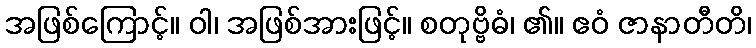
အဖြစ်ကြောင့်။ ဝါ၊ အဖြစ်အားဖြင့်။ စတုဗ္ဗိဓံ၊ ၏။ ဧဝံ ဇာနာတီတိ၊